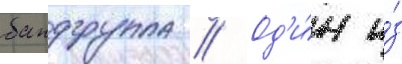
бандгруппа // Од'и́н и́з